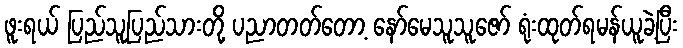
ဖူးရယ် ပြည်သူပြည်သားတို့ ပညာတတ်တော့ နော်မေသူသူဇော် ရုံးထုတ်ရမန်ယူခဲ့ပြီး